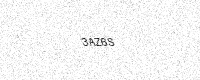
Text: 3AZ6S